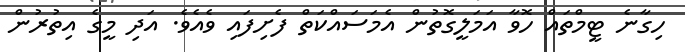
ހިގާނެ ޓީމްތައް ހޮވާ އަމަލީގޮތުން އެމަސައްކަތް ފެށިފައި ވެއެވެ. އަދި މީގެ އިތުރުން